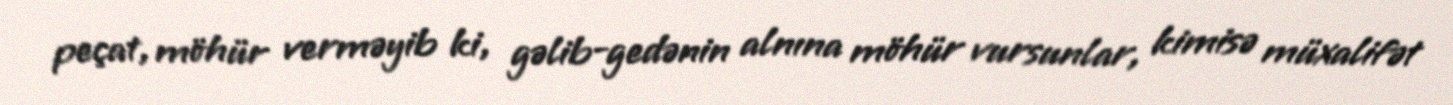
peçat, möhür verməyib ki, gəlib-gedənin alnına möhür vursunlar, kimisə müxalifət